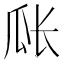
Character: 𪼴